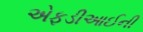
એફડીઆઈની